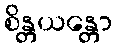
စိန္တယန္တော